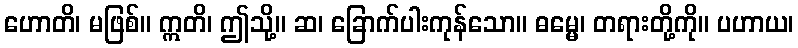
ဟောတိ၊ မဖြစ်။ ဣတိ၊ ဤသို့။ ဆ၊ ခြောက်ပါးကုန်သော။ ဓမ္မေ၊ တရားတို့ကို။ ပဟာယ၊